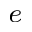
^ e